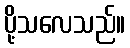
ပို့သလေသည်။